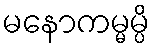
မနောကမ္မမ္ပိ